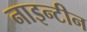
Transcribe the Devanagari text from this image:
नाइन्टीन